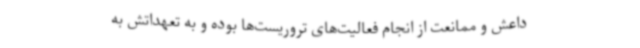
داعش و ممانعت از انجام فعالیت‌های تروریست‌ها بوده و به تعهداتش به